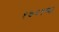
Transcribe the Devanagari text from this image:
१७२९च्या